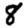
Digit: 8